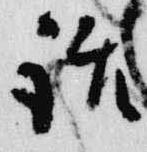
話